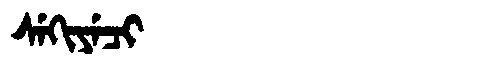
Manchu: ᠰᡝᡴᡳᠶᡝᠴᡳ
Romanization: SEKIYECI